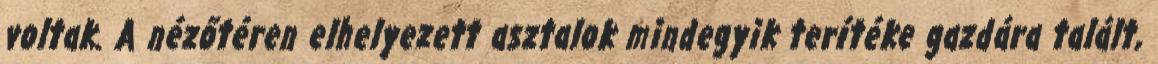
voltak. A nézőtéren elhelyezett asztalok mindegyik terítéke gazdára talált,